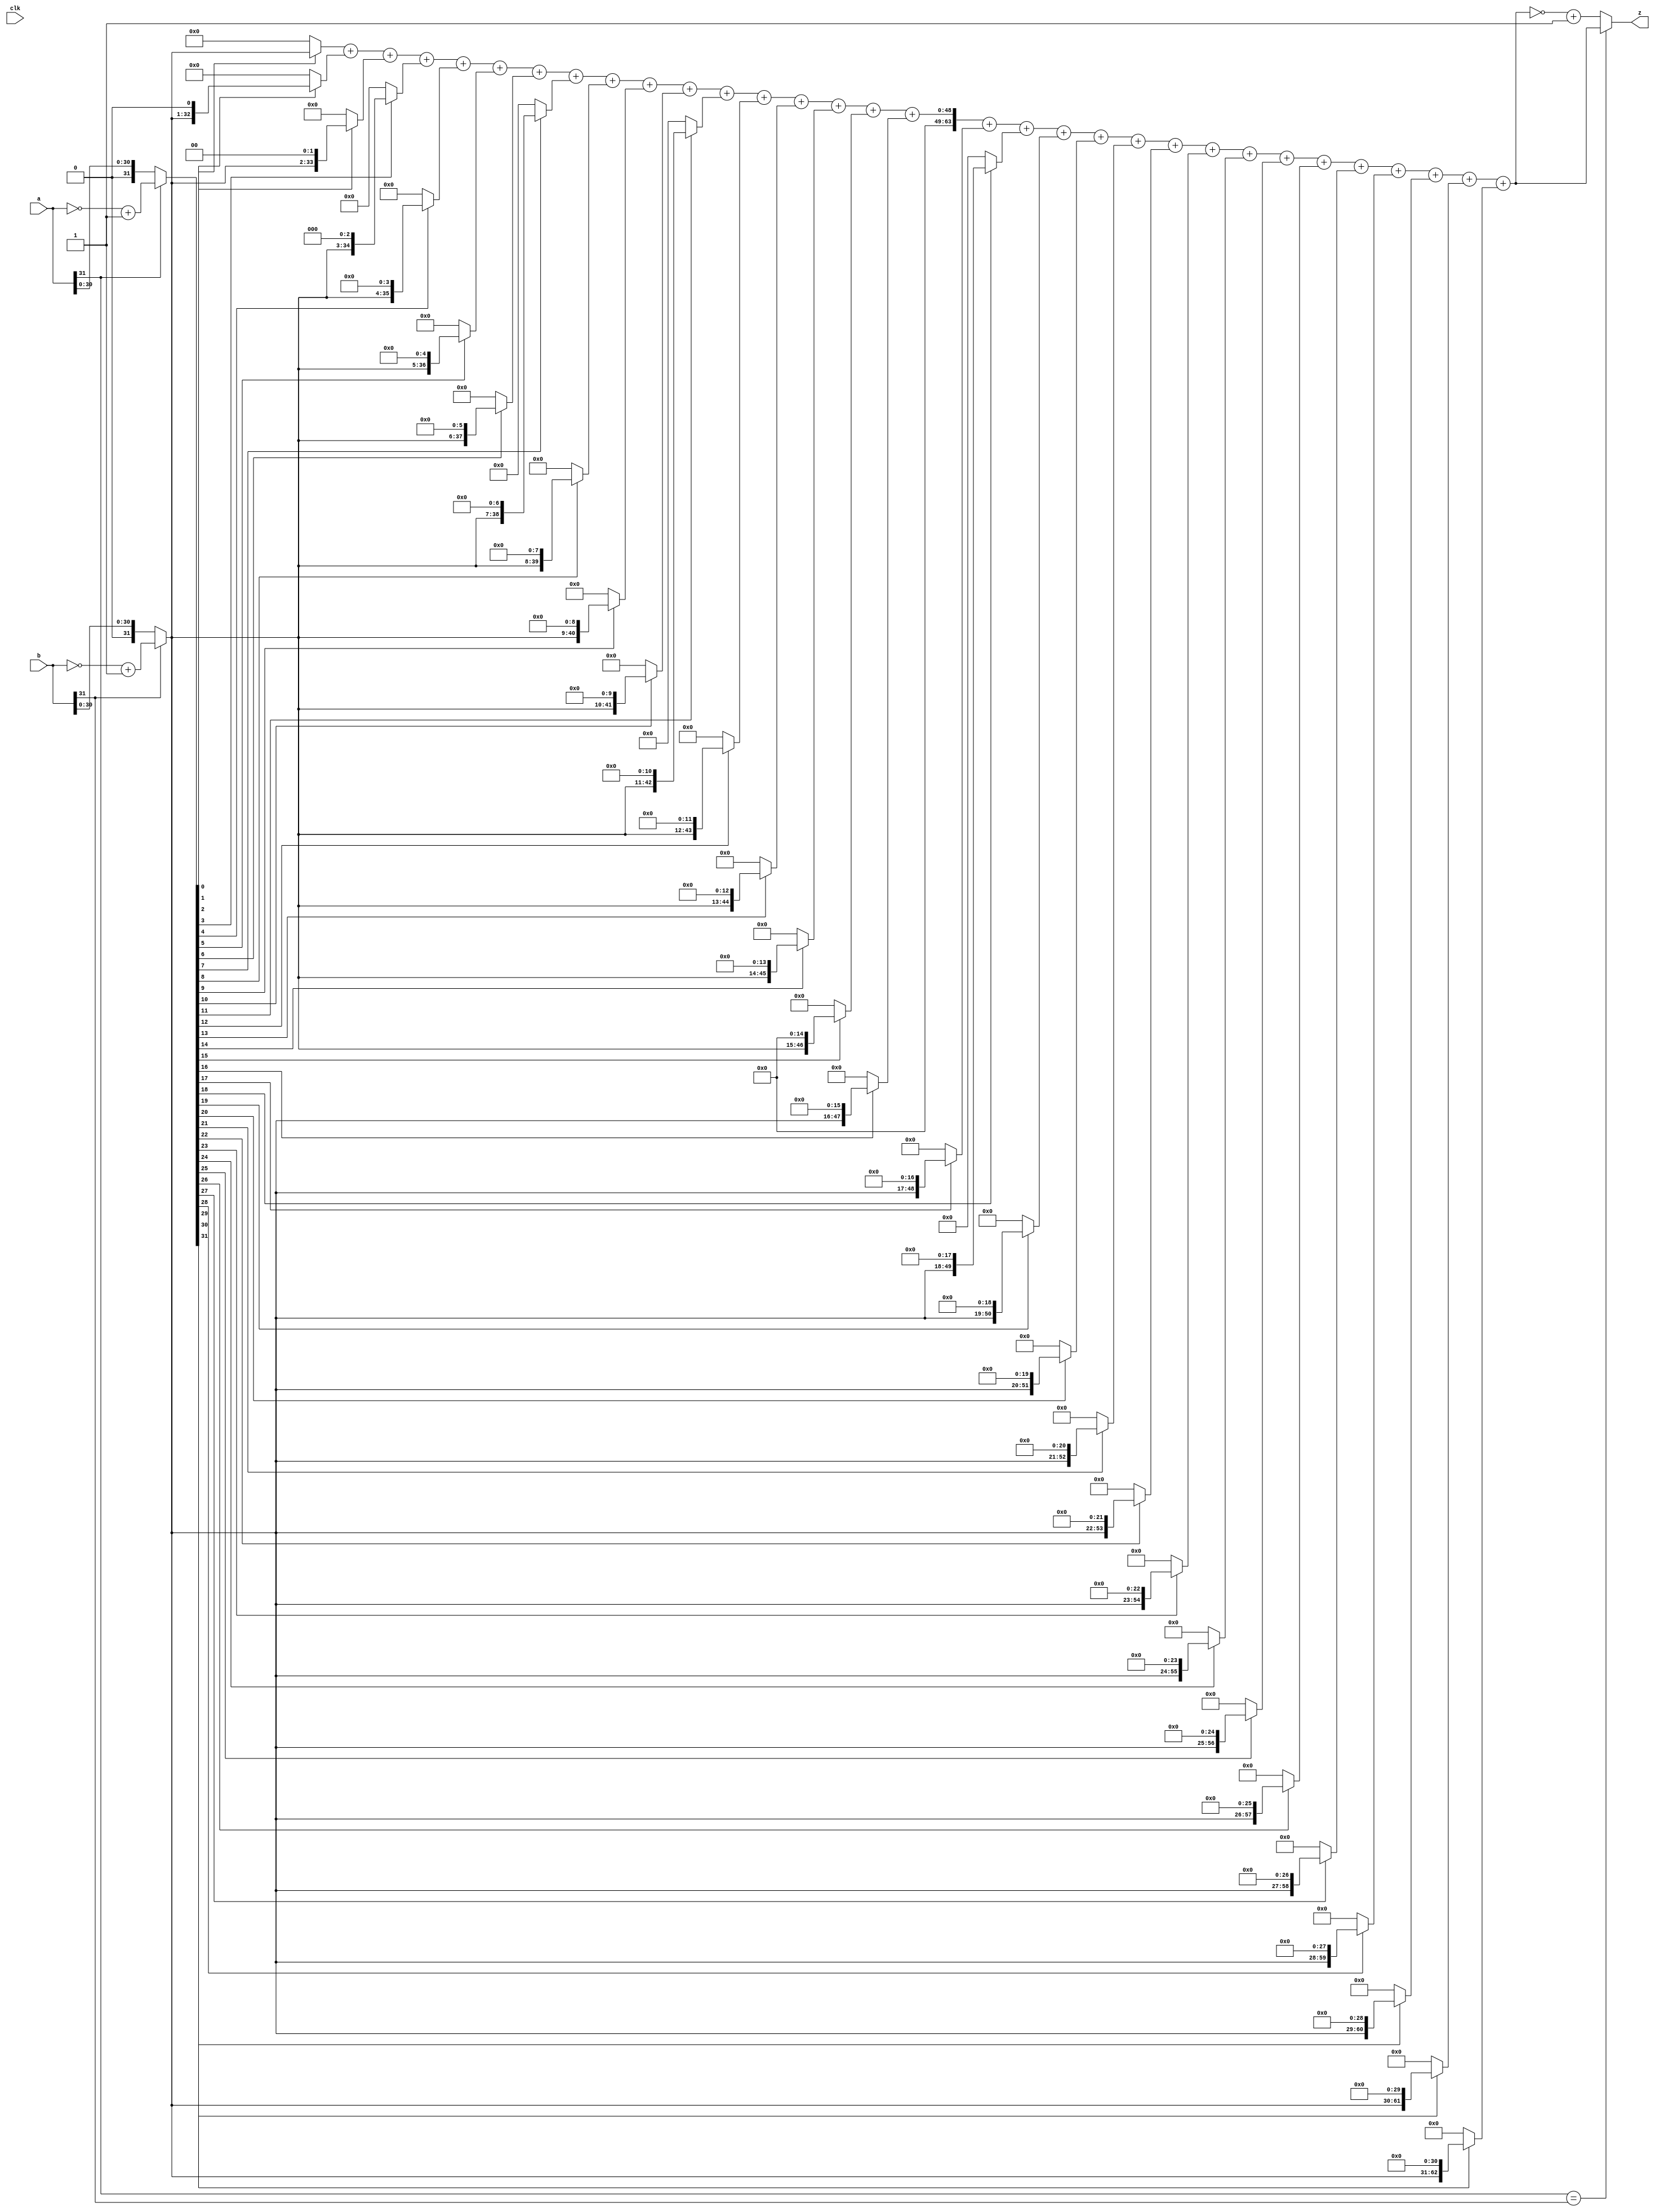
`timescale 1ns / 1ps
//////////////////////////////////////////////////////////////////////////////////
// Company: 
// Engineer: 
// 
// Design Name: 
// Module Name: MUL
// Project Name: 
// Target Devices: 
// Tool Versions: 
// Description: 
// 
// Dependencies: 
// 
// Revision:
// Revision 0.01 - File Created
// Additional Comments:
// 
//////////////////////////////////////////////////////////////////////////////////


module MUL(
    input clk,
    input [31:0]a,
    input [31:0]b,
    output reg[63:0]z
    );
    wire [31:0]temp1;
    wire [31:0]temp2;
    /*
    reg [2:0]counter;
   reg sign; 
   reg sign1;
   reg [63:0]temp;
   wire [31:0]temp1;
   wire [31:0]temp2;
   reg [31:0]temp3;
   reg [63:0] store0;
   reg [63:0] store1;
   reg [63:0] store2;
   reg [63:0] store3;
   reg [63:0] store4;
   reg [63:0] store5;
   reg [63:0] store6;
   reg [63:0] store7;
   reg [63:0] store8;
   reg [63:0] store9;
   reg [63:0] store10;
   reg [63:0] store11;
   reg [63:0] store12;
   reg [63:0] store13;
   reg [63:0] store14;
   reg [63:0] store15;
   reg [63:0] store16;
   reg [63:0] store17;
   reg [63:0] store18;
   reg [63:0] store19;
   reg [63:0] store20;
   reg [63:0] store21;
   reg [63:0] store22;
   reg [63:0] store23;
   reg [63:0] store24;
   reg [63:0] store25;
   reg [63:0] store26;
   reg [63:0] store27;
   reg [63:0] store28;
   reg [63:0] store29;
   reg [63:0] store30;
   reg [63:0] store31;
   always@(posedge clk or posedge reset )begin
   if(reset)begin
   busy<=0;
   sign<=0;
   sign1<=0;
   temp<=64'b0;
   store0<=64'b0;
   store1<=64'b0;
   store2<=64'b0;
   store3<=64'b0;
   store4<=64'b0;
   store5<=64'b0;
   store6<=64'b0;
   store7<=64'b0;
   store8<=64'b0;
   store9<=64'b0;
   store10<=64'b0;
   store11<=64'b0;
   store12<=64'b0;
   store13<=64'b0;
   store14<=64'b0;
   store15<=64'b0;
   store16<=64'b0;
   store17<=64'b0;
   store18<=64'b0;
   store19<=64'b0;
   store20<=64'b0;
   store21<=64'b0;
   store22<=64'b0;
   store23<=64'b0;
   store24<=64'b0;
   store25<=64'b0;
   store26<=64'b0;
   store27<=64'b0;
   store28<=64'b0;
   store29<=64'b0;
   store30<=64'b0;
   store31<=64'b0;
   end
   else begin
   if(counter==2)begin
   busy<=0;
   counter<=0;
   end
   else busy<=1;
    counter<=counter+1;
      sign<=(a[31]!=b[31])?1:0;
      store0<=temp1[0]?{32'b0,temp2}:64'b0;
      store1<=temp1[1]?{31'b0,temp2,1'b0}:64'b0;
      store2<=temp1[2]?{30'b0,temp2,2'b0}:64'b0;
      store3<=temp1[3]?{29'b0,temp2,3'b0}:64'b0;
      store4<=temp1[4]?{28'b0,temp2,4'b0}:64'b0;
      store5<=temp1[5]?{27'b0,temp2,5'b0}:64'b0;
      store6<=temp1[6]?{26'b0,temp2,6'b0}:64'b0;
      store7<=temp1[7]?{25'b0,temp2,7'b0}:64'b0;
      store8<=temp1[8]?{24'b0,temp2,8'b0}:64'b0;
      store9<=temp1[9]?{23'b0,temp2,9'b0}:64'b0;
      store10<=temp1[10]?{22'b0,temp2,10'b0}:64'b0;
      store11<=temp1[11]?{21'b0,temp2,11'b0}:64'b0;
      store12<=temp1[12]?{20'b0,temp2,12'b0}:64'b0;
      store13<=temp1[13]?{19'b0,temp2,13'b0}:64'b0;
      store14<=temp1[14]?{18'b0,temp2,14'b0}:64'b0;
      store15<=temp1[15]?{17'b0,temp2,15'b0}:64'b0;
      store16<=temp1[16]?{16'b0,temp2,16'b0}:64'b0;
      store17<=temp1[17]?{15'b0,temp2,17'b0}:64'b0;
      store18<=temp1[18]?{14'b0,temp2,18'b0}:64'b0;
      store19<=temp1[19]?{13'b0,temp2,19'b0}:64'b0;
      store20<=temp1[20]?{12'b0,temp2,20'b0}:64'b0;
      store21<=temp1[21]?{11'b0,temp2,21'b0}:64'b0;
      store22<=temp1[22]?{10'b0,temp2,22'b0}:64'b0;
      store23<=temp1[23]?{9'b0,temp2,23'b0}:64'b0;
      store24<=temp1[24]?{8'b0,temp2,24'b0}:64'b0;
      store25<=temp1[25]?{7'b0,temp2,25'b0}:64'b0;
      store26<=temp1[26]?{6'b0,temp2,26'b0}:64'b0;
      store27<=temp1[27]?{5'b0,temp2,27'b0}:64'b0;
      store28<=temp1[28]?{4'b0,temp2,28'b0}:64'b0;
      store29<=temp1[29]?{3'b0,temp2,29'b0}:64'b0;
      store30<=temp1[30]?{2'b0,temp2,30'b0}:64'b0; 
      store31<=temp1[31]?{1'b0,temp2,31'b0}:64'b0; 
      temp<=store0+store1+store2+store3+store4+store5+store6+store7+store8+store9+store10+store11+store12+store13+store14+store15+store16+store17+store18+store19+store20+store21+store22+store23+store24+store25+store26+store27+store28+store29+store30+store31;
      sign1<=sign;
   end
   end
   assign z=sign1?(~temp+1):temp;
   assign temp1=a[31]?(~a+1):a;
   assign temp2=b[31]?(~b+1):b;
   */
      always@(*)begin
      z <=(a[31]==b[31])?( (temp1[0] ? {32'b0,temp2}:64'b0) 
      + (temp1[1] ? {31'b0,temp2,1'b0} : 64'b0)
      +(temp1[2] ? {30'b0, temp2, 2'b0} : 64'b0) 
      + (temp1[3] ? {29'b0,temp2,3'b0} : 64'b0)
      +(temp1[4] ? {28'b0, temp2, 4'b0} : 64'b0) 
      + (temp1[5] ? {27'b0,temp2,5'b0} : 64'b0)
      +(temp1[6] ? {26'b0, temp2, 6'b0} : 64'b0) 
      + (temp1[7] ? {25'b0,temp2,7'b0} : 64'b0)
      +(temp1[8] ? {24'b0, temp2, 8'b0} : 64'b0) 
      + (temp1[9] ? {23'b0,temp2,9'b0} : 64'b0)
      +(temp1[10] ? {22'b0, temp2, 10'b0} : 64'b0) 
      + (temp1[11] ? {21'b0,temp2,11'b0} : 64'b0)
      +(temp1[12] ? {20'b0, temp2, 12'b0} : 64'b0) 
      + (temp1[13] ? {19'b0,temp2,13'b0} : 64'b0)
      +(temp1[14] ? {18'b0, temp2, 14'b0} : 64'b0) 
      + (temp1[15] ? {17'b0,temp2,15'b0} : 64'b0)
      +(temp1[16] ? {16'b0, temp2, 16'b0} : 64'b0) 
      + (temp1[17] ? {15'b0,temp2,17'b0} : 64'b0)
      +(temp1[18] ? {14'b0, temp2, 18'b0} : 64'b0) 
      + (temp1[19] ? {13'b0,temp2,19'b0} : 64'b0)
      +(temp1[20] ? {12'b0, temp2, 20'b0} : 64'b0) 
      + (temp1[21] ? {11'b0,temp2,21'b0} : 64'b0)
      +(temp1[22] ? {10'b0, temp2, 22'b0} : 64'b0) 
      + (temp1[23] ? {9'b0,temp2,23'b0} : 64'b0)
      +(temp1[24] ? {8'b0, temp2, 24'b0} : 64'b0) 
      + (temp1[25] ? {7'b0,temp2,25'b0} : 64'b0)
      +(temp1[26] ? {6'b0, temp2, 26'b0} : 64'b0) 
      + (temp1[27] ? {5'b0,temp2,27'b0} : 64'b0)
      +(temp1[28] ? {4'b0, temp2, 28'b0} : 64'b0) 
      + (temp1[29] ? {3'b0,temp2,29'b0} : 64'b0)
      +(temp1[30] ? {2'b0, temp2, 30'b0} : 64'b0) 
      + (temp1[31] ? {1'b0,temp2,31'b0} : 64'b0)):
      (~((temp1[0] ? {32'b0,temp2}:64'b0) 
      + (temp1[1] ? {31'b0,temp2,1'b0} : 64'b0)
      +(temp1[2] ? {30'b0, temp2, 2'b0} : 64'b0) 
      + (temp1[3] ? {29'b0,temp2,3'b0} : 64'b0)
      +(temp1[4] ? {28'b0, temp2, 4'b0} : 64'b0) 
      + (temp1[5] ? {27'b0,temp2,5'b0} : 64'b0)
      +(temp1[6] ? {26'b0, temp2, 6'b0} : 64'b0) 
      + (temp1[7] ? {25'b0,temp2,7'b0} : 64'b0)
      +(temp1[8] ? {24'b0, temp2, 8'b0} : 64'b0) 
      + (temp1[9] ? {23'b0,temp2,9'b0} : 64'b0)
      +(temp1[10] ? {22'b0, temp2, 10'b0} : 64'b0) 
      + (temp1[11] ? {21'b0,temp2,11'b0} : 64'b0)
      +(temp1[12] ? {20'b0, temp2, 12'b0} : 64'b0) 
      + (temp1[13] ? {19'b0,temp2,13'b0} : 64'b0)
      +(temp1[14] ? {18'b0, temp2, 14'b0} : 64'b0) 
      + (temp1[15] ? {17'b0,temp2,15'b0} : 64'b0)
      +(temp1[16] ? {16'b0, temp2, 16'b0} : 64'b0) 
      + (temp1[17] ? {15'b0,temp2,17'b0} : 64'b0)
      +(temp1[18] ? {14'b0, temp2, 18'b0} : 64'b0) 
      + (temp1[19] ? {13'b0,temp2,19'b0} : 64'b0)
      +(temp1[20] ? {12'b0, temp2, 20'b0} : 64'b0) 
      + (temp1[21] ? {11'b0,temp2,21'b0} : 64'b0)
      +(temp1[22] ? {10'b0, temp2, 22'b0} : 64'b0) + (temp1[23] ? {9'b0,temp2,23'b0} : 64'b0)+(temp1[24] ? {8'b0, temp2, 24'b0} : 64'b0) + (temp1[25] ? {7'b0,temp2,25'b0} : 64'b0)+(temp1[26] ? {6'b0, temp2, 26'b0} : 64'b0) + (temp1[27] ? {5'b0,temp2,27'b0} : 64'b0)+(temp1[28] ? {4'b0, temp2, 28'b0} : 64'b0) + (temp1[29] ? {3'b0,temp2,29'b0} : 64'b0)+(temp1[30] ? {2'b0, temp2, 30'b0} : 64'b0) + (temp1[31] ? {1'b0,temp2,31'b0} : 64'b0))+1);
      end
   assign temp1=a[31]?(~a+1):a;
   assign temp2=b[31]?(~b+1):b;
endmodule